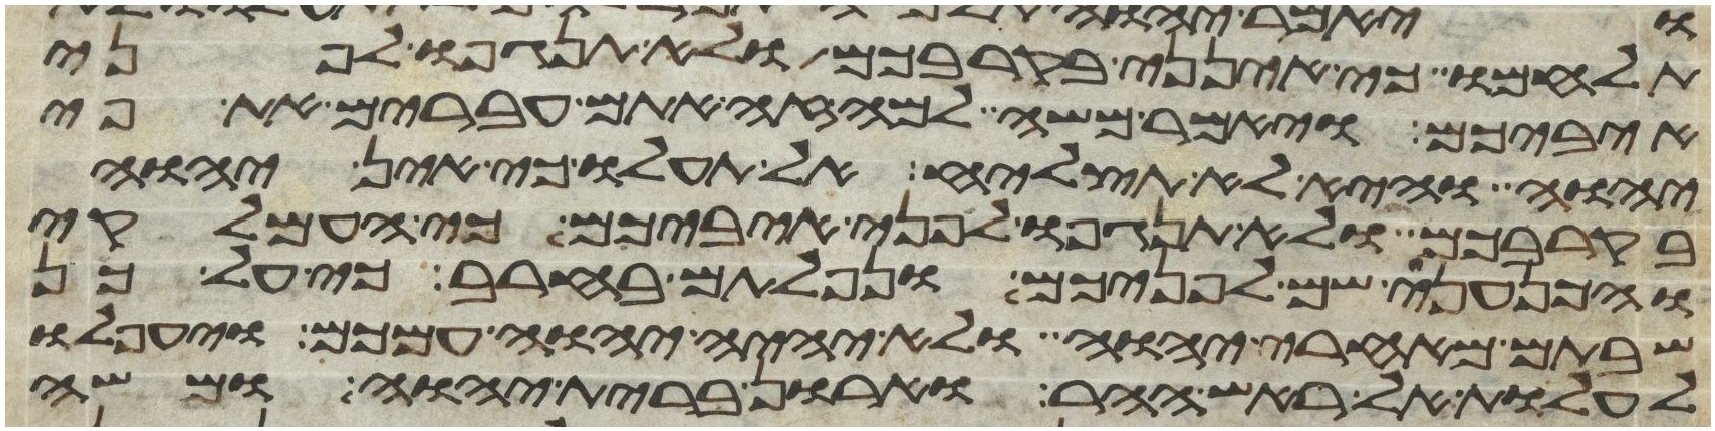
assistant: תלחמו כי אינני בקרבכם ולא תנגפו לפני
איביכם ויאמר משה למה זה אתם עברים את פי
יהוה והיא לא תצליח אל תעלו כי אין יהוה
בקרבכם ולא תנגפו לפני איביכם כי העמלקי
והכנעני שם לפניכם ונפלתם בחרב כי על כן
שבתם מאחרי יהוה ולא יהיה יהוה עמכם ויעפלו
לעלות אל ראש ההר וארון ברית יהוה ומשה